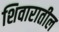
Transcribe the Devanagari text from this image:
शिवारातील